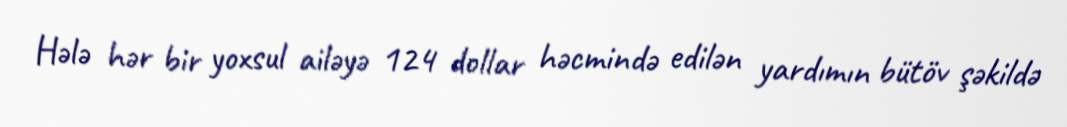
Hələ hər bir yoxsul ailəyə 124 dollar həcmində edilən yardımın bütöv şəkildə